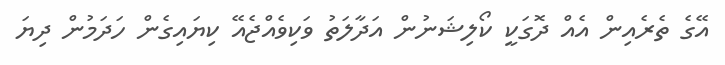
އޭގެ ތެރެއިން އެއް ދޮގަކީ ކޯލިޝަނުން އަދާލަތު ވަކިވެއްޖެއޭ ކިޔައިގެން ހަދަމުން ދިޔަ